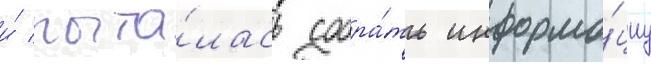
и́ пыта́лась собра́ть информа́циу